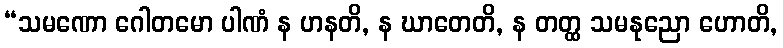
“သမဏော ဂေါတမော ပါဏံ န ဟနတိ, န ဃာတေတိ, န တတ္ထ သမနုညော ဟောတိ,